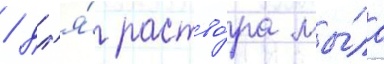
/ дл'я́ раство́ра мы́ла